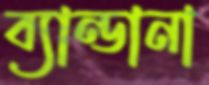
ব্যান্ডানা